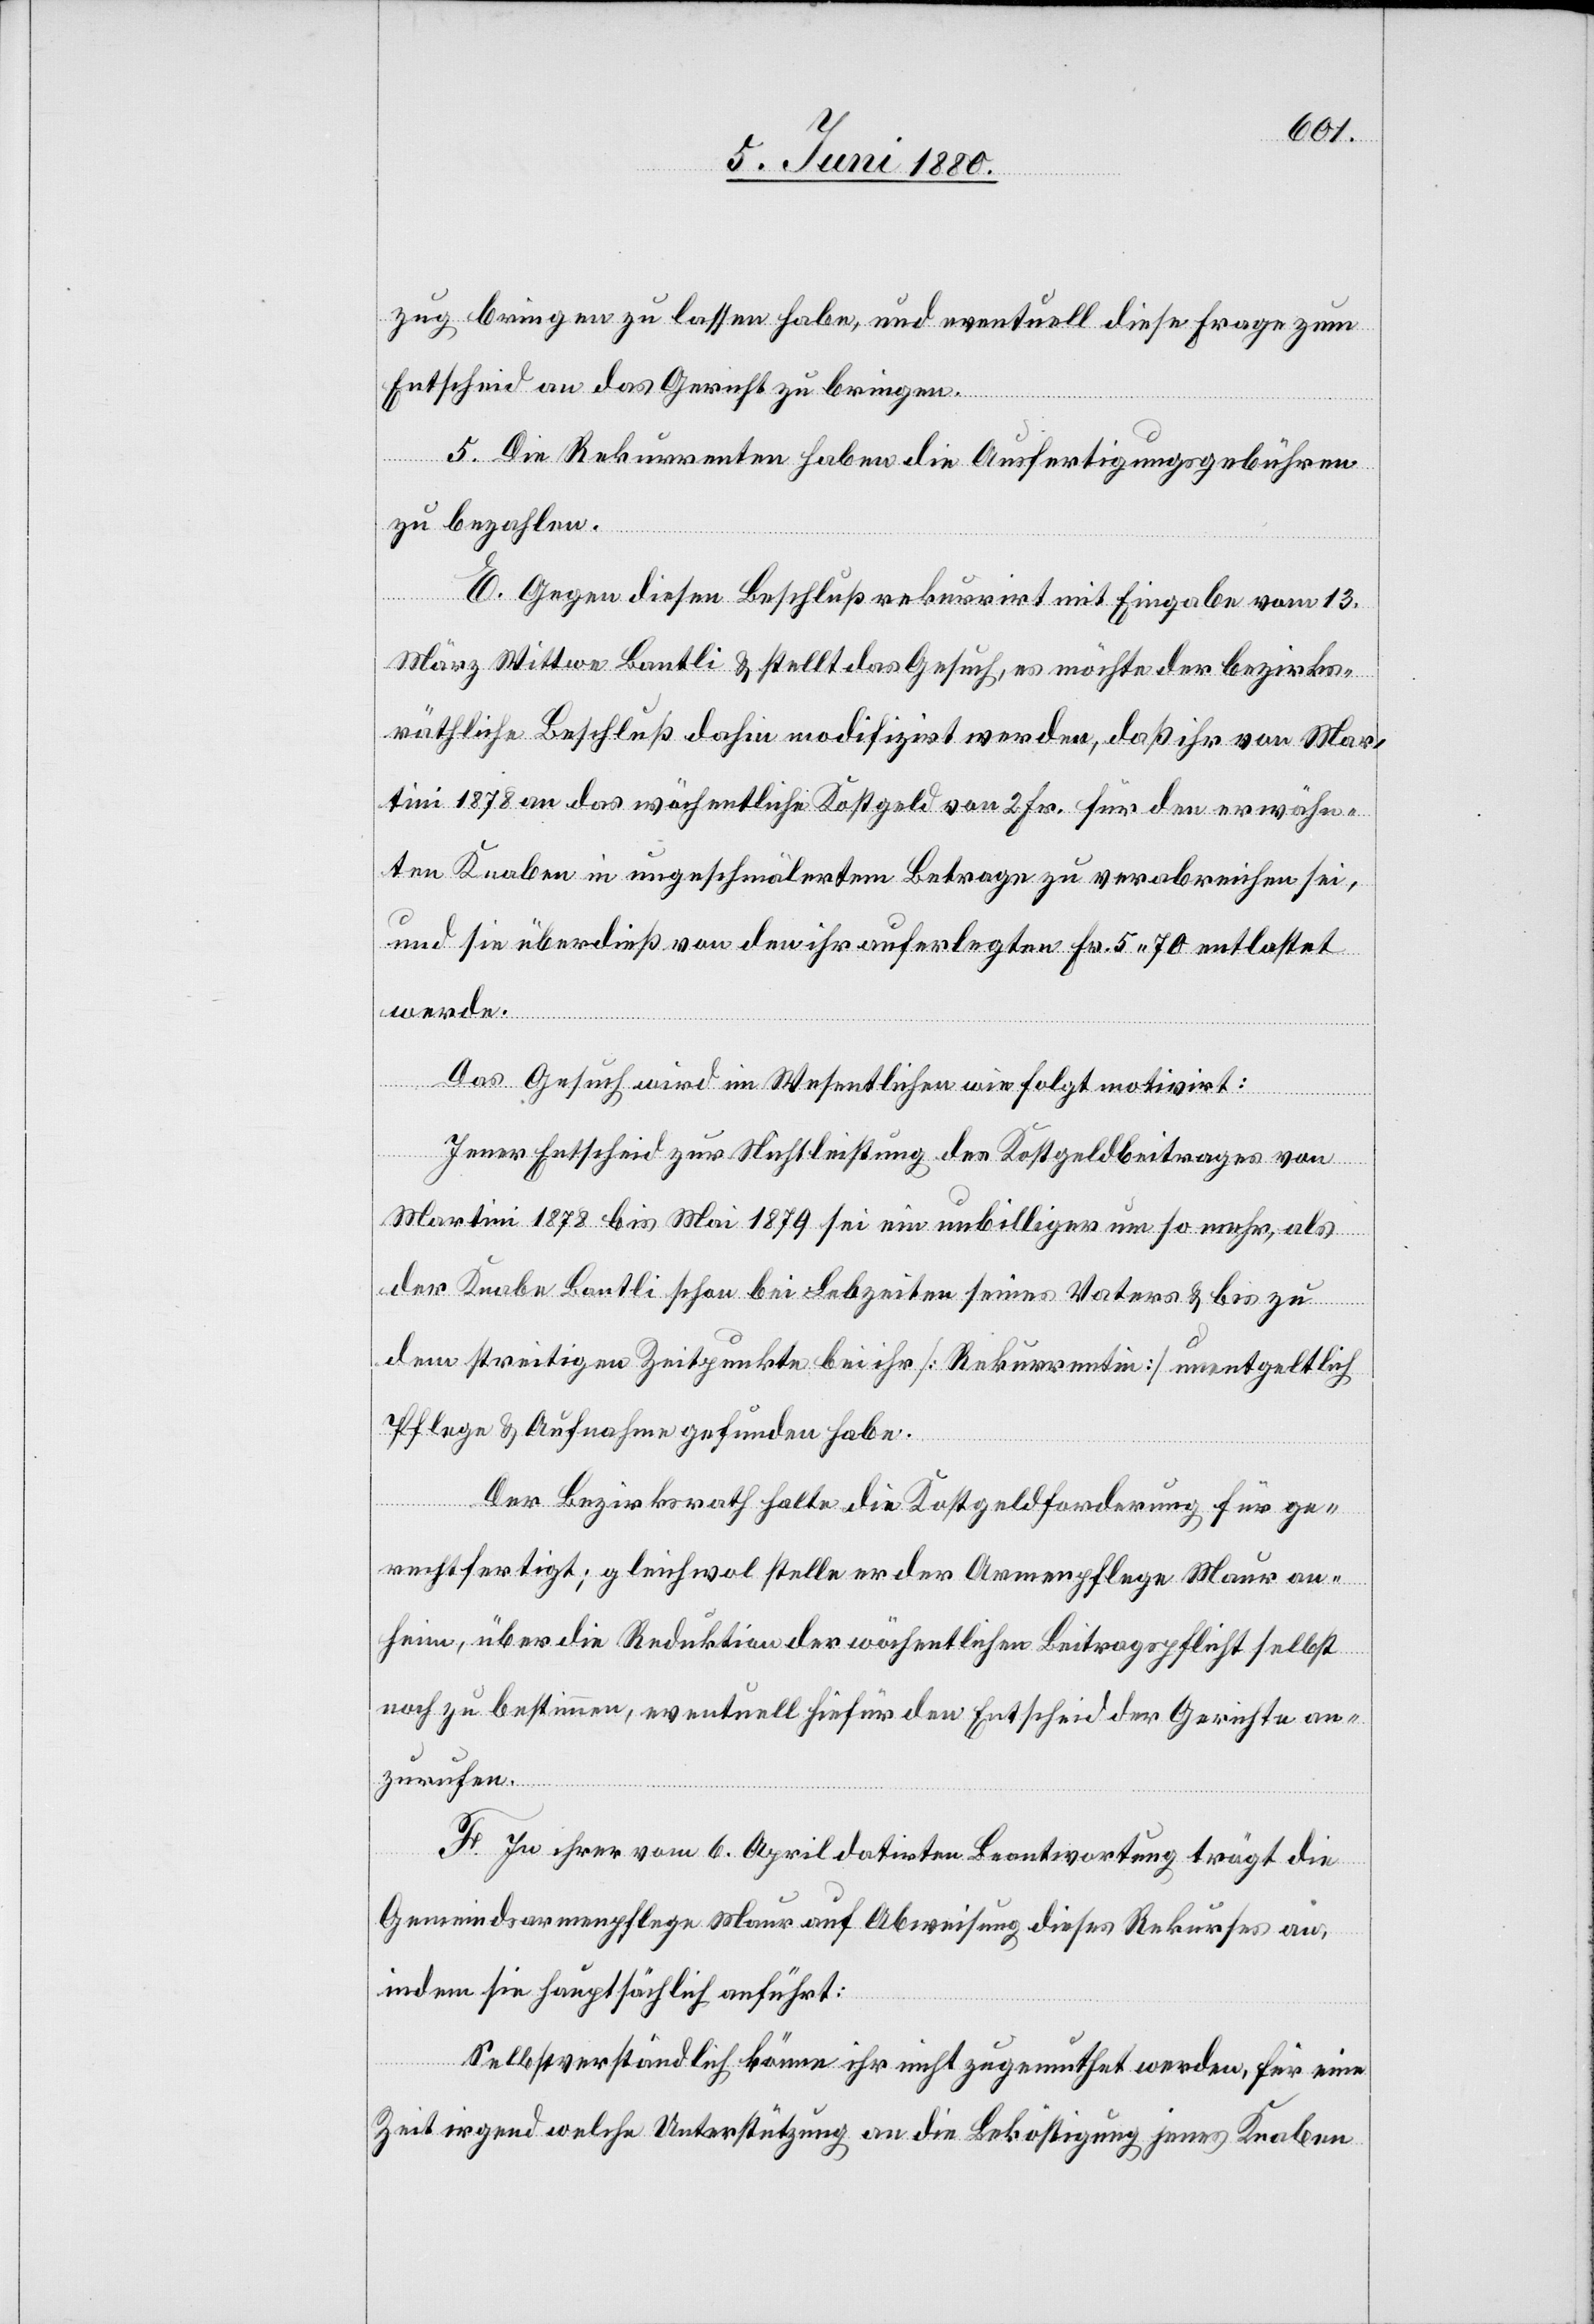
zug bringen zu lassen habe, und eventuell diese Frage zum
Entscheid an das Gericht zu bringen.
5. Die Rekurrenten haben die Ausfertigungsgebühren
zu bezahlen.
E. Gegen diesen Beschluß rekurrirt mit Eingabe vom 13.
März Wittwe Bantli & stellt das Gesuch, es möchte der bezirks¬
räthliche Beschluß dahin modifizirt werden, daß ihr von Mar¬
tini 1878 an das wöchentliche Kostgeld von 2 Fr. für den erwähn¬
ten Knaben in ungeschmälertem Betrage zu verabreichen sei,
und sie überdieß von den ihr auferlegten Fr. 5.70 entlastet
werde.
Das Gesuch wird im Wesentlichen wie folgt motivirt:
Jener Entscheid zur Nichtleistung des Kostgeldbeitrages von
Martini 1878 bis Mai 1879 sei ein unbilliger um so mehr, als
der Knabe Bantli schon bei Lebzeiten seines Vaters & bis zu
dem streitigen Zeitpunkte bei ihr [Rekurrentin] unentgeltlich
Pflege & Aufnahme gefunden habe.
Der Bezirksrath halte die Kostgeldforderung für ge¬
rechtfertigt; gleichwol stelle er der Armenpflege Maur an¬
heim, über die Reduktion der wöchentlichen Beitragspflicht selbst
noch zu bestimmen, eventuell hiefür den Entscheid der Gerichte an¬
zurufen.
F. In Ihrer vom 6. April datirten Beantwortung trägt die
Gemeindsarmenpflege Maur auf Abweisung dieses Rekurses an,
indem sie hauptsächlich anführt:
Selbstverständlich könne ihr nicht zugemuthet werden, für eine
Zeit irgend welche Unterstützung an die Beköstigung jenes Knaben